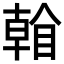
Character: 𥉏